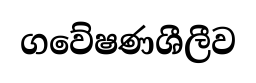
ගවේෂණශීලීව